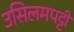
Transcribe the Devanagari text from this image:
उसिलमपट्टी